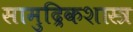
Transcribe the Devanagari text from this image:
सामुद्रिकशास्त्र